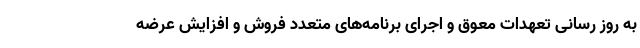
به روز رسانی تعهدات معوق و اجرای برنامه‌های متعدد فروش و افزایش عرضه